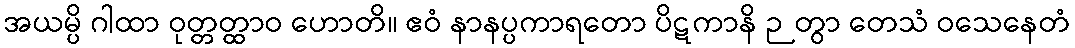
အယမ္ပိ ဂါထာ ဝုတ္တတ္ထာဝ ဟောတိ။ ဧဝံ နာနပ္ပကာရတော ပိဋကာနိ ဉတွာ တေသံ ဝသေနေတံ